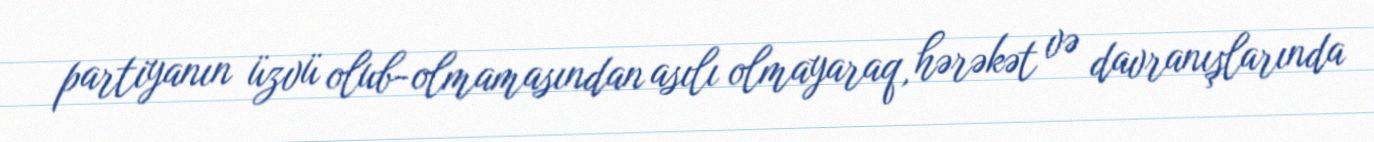
partiyanın üzvü olub-olmamasından asılı olmayaraq, hərəkət və davranışlarında